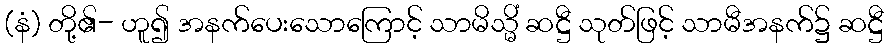
(နံ) တို့၏- ဟူ၍ အနက်ပေးသောကြောင့် သာမိသ္မိံ ဆဋ္ဌီ သုတ်ဖြင့် သာမီအနက်၌ ဆဋ္ဌီ